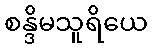
စန္ဒိမသူရိယေ